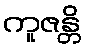
ကူဇန္တိ